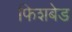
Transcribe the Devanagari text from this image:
फिशबेड